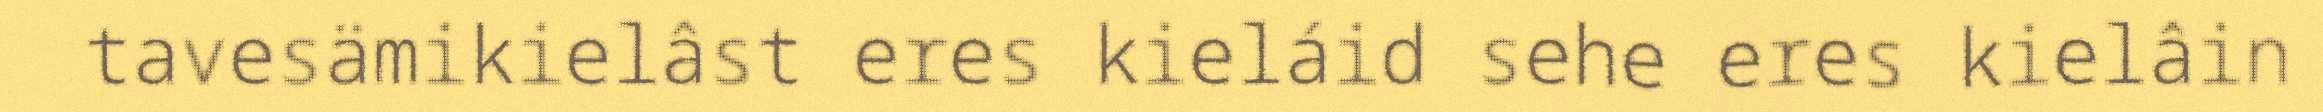
tavesämikielâst eres kieláid sehe eres kielâin